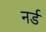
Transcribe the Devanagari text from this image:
नर्ड